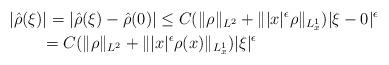
LaTeX: \begin{align*}&|\hat{\rho}(\xi)| = |\hat{\rho}(\xi) - \hat{\rho}(0)| \leq C(\| \rho \|_{L^2} + \| |x|^{\epsilon}\rho \|_{L_x^{1}}) | \xi - 0 |^{\epsilon}\\&\qquad = C(\| \rho \|_{L^2} + \| |x|^{\epsilon}\rho(x) \|_{L_x^{1}}) | \xi |^{\epsilon} \end{align*}